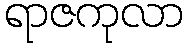
ရာဇကုလာ